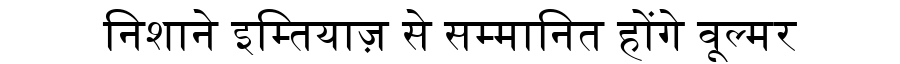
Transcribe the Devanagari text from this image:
निशाने इम्तियाज़ से सम्मानित होंगे वूल्मर